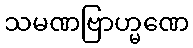
သမဏဗြာဟ္မဏေ